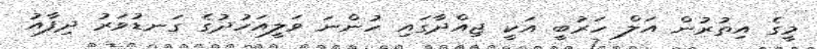
މީގެ އިތުރުން އަލް ހަރުބީ އަކީ ޖިއްދާގައި ހުންނަ ވަލީއަހުދުގެ ގަނޑުވަރު ދިފާއު